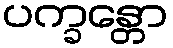
ပက္ခန္တော